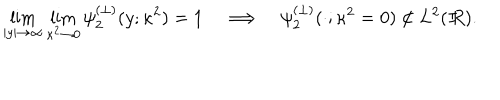
LaTeX: \lim _ { | y | \rightarrow \infty } \lim _ { \kappa ^ { 2 } \rightarrow 0 } \psi _ { 2 } ^ { ( \perp ) } ( y ; \kappa ^ { 2 } ) = 1 \quad \Longrightarrow \quad \psi _ { 2 } ^ { ( \perp ) } ( \cdot ; \kappa ^ { 2 } = 0 ) \not \in L ^ { 2 } ( I \! \! R ) .